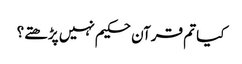
کیا تم قرآن حکیم نہیں پڑھتے؟